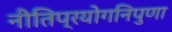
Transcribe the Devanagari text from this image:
नीतिप्रयोगनिपुणा